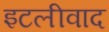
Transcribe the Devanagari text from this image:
इटलीवाद